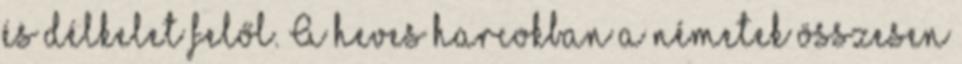
és délkelet felől. A heves harcokban a németek összesen